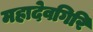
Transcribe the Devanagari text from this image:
महादेवगिरि